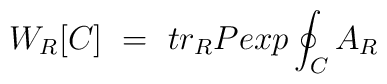
W_R [C]~=~ tr_R Pexp \oint_C A_R